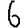
Digit: 6